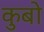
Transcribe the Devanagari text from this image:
कुबो